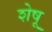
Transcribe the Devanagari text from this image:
शेषू